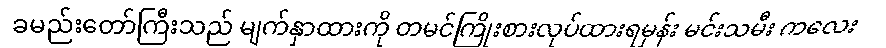
ခမည်းတော်ကြီးသည် မျက်နှာထားကို တမင်ကြိုးစားလုပ်ထားရမှန်း မင်းသမီး ကလေး